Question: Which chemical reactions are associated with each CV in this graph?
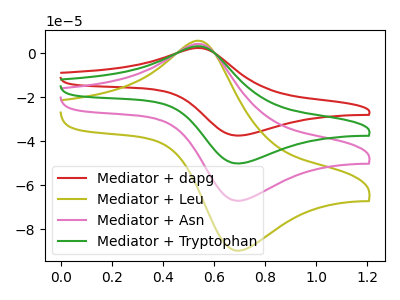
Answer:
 <answer>The red curve is labeled "Mediator + dapg". The olive curve is labeled "Mediator + Leu". The pink curve is labeled "Mediator + Asn". The green curve is labeled "Mediator + Tryptophan".</answer>
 <eval></eval>